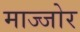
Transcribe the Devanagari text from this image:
माज्जोर